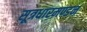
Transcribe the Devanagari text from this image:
सूत्रधारमण्डन